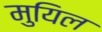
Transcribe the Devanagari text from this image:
मुयिल